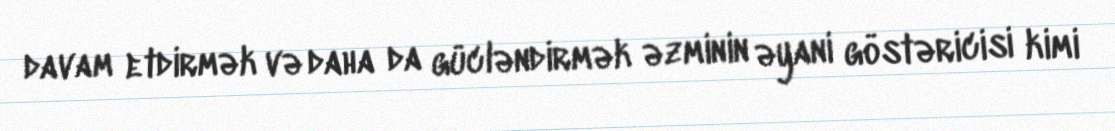
davam etdirmək və daha da gücləndirmək əzminin əyani göstəricisi kimi